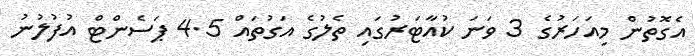
އެގޮތުން މިއަހަރުގެ 3 ވަނަ ކުއާޓަރުގައި ތެލުގެ އަގުތައް 4.5 ޕަސެންޓް އުފުލުނު